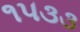
૧૫૩૩